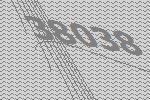
38038